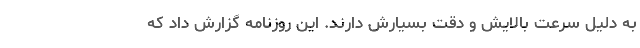
به دلیل سرعت بالایش و دقت بسیارش دارند. این روزنامه گزارش داد که